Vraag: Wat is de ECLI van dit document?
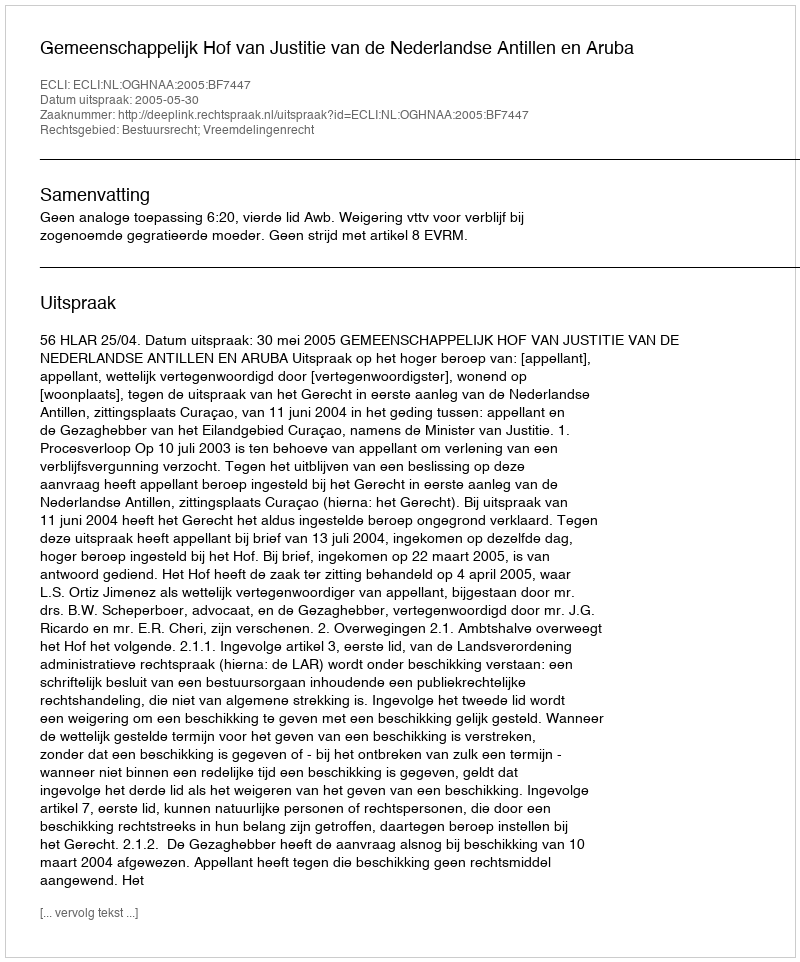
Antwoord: ECLI:NL:OGHNAA:2005:BF7447